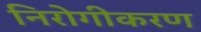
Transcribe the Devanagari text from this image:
निरोगीकरण